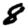
Digit: 8